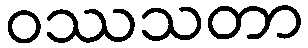
ဝဿသတာ